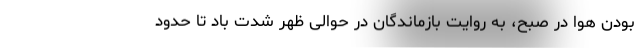
بودن هوا در صبح، به روایت بازماندگان در حوالی ظهر شدت باد تا حدود